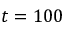
t = 1 0 0